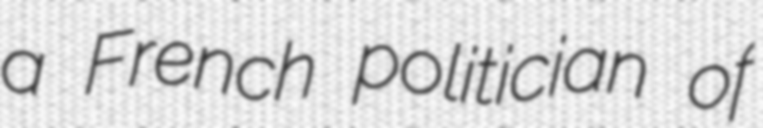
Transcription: a French politician of